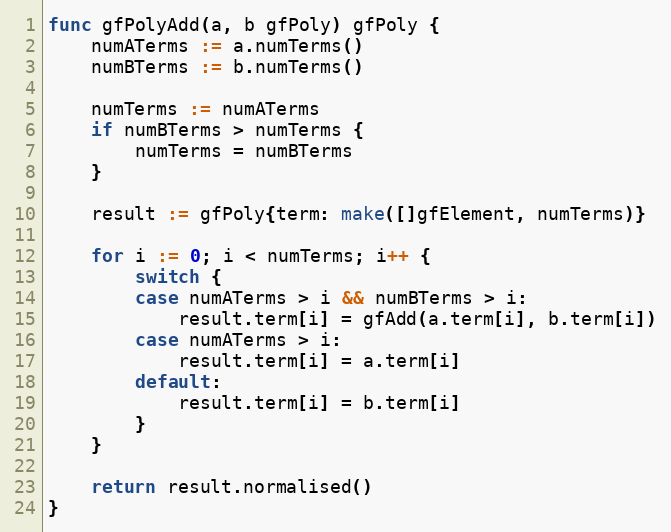
Language: Go
func gfPolyAdd(a, b gfPoly) gfPoly {
	numATerms := a.numTerms()
	numBTerms := b.numTerms()

	numTerms := numATerms
	if numBTerms > numTerms {
		numTerms = numBTerms
	}

	result := gfPoly{term: make([]gfElement, numTerms)}

	for i := 0; i < numTerms; i++ {
		switch {
		case numATerms > i && numBTerms > i:
			result.term[i] = gfAdd(a.term[i], b.term[i])
		case numATerms > i:
			result.term[i] = a.term[i]
		default:
			result.term[i] = b.term[i]
		}
	}

	return result.normalised()
}